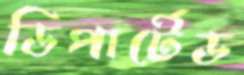
ডিপার্টেড